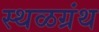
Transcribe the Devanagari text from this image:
स्थळग्रंथ